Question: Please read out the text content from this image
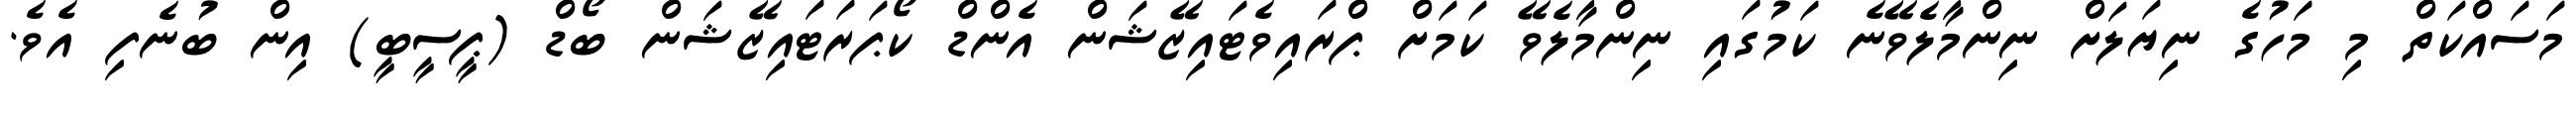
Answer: މަސައްކަތް މި މަހުގެ ނިޔަލަށް ނިންމާލެވޭނެ ކަމުގައި ނިންމާލެވޭ ކަމަށް ޕްރައިވެޓައިޒޭޝަން އެންޑް ކޯޕަރަޓައިޒޭޝަން ބޯޑް (ޕީސީބީ) އިން ބުނެފި އެވެ.